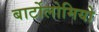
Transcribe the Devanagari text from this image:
बार्टोलोमियो